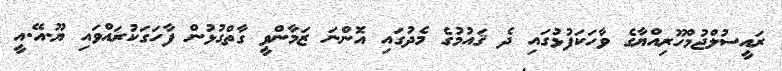
ރައީސުލްޖުމްހޫރިއްޔާގެ ވާހަކަފުޅުގައި ދެ ޤައުމުގެ މެދުގައި އޮންނަ ޒަމާންވީ ގާތްގުޅުން ފާހަގަކުރައްވައި ޔޫ.އޭ.އީ